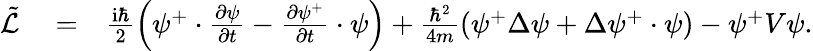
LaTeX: \begin{array}{rlr}{\tilde{\mathcal{L}}}&{{}=}&{\frac{\mathrm{i}\hbar}{2}\left(\psi^{+}\cdot\frac{\partial\psi}{\partial t}-\frac{\partial\psi^{+}}{\partial t}\cdot\psi\right)+\frac{\hbar^{2}}{4m}\left(\psi^{+}\Delta\psi+\Delta\psi^{+}\cdot\psi\right)-\psi^{+}V\psi.}\end{array}